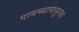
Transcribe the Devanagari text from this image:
पायथ्यापासूनच